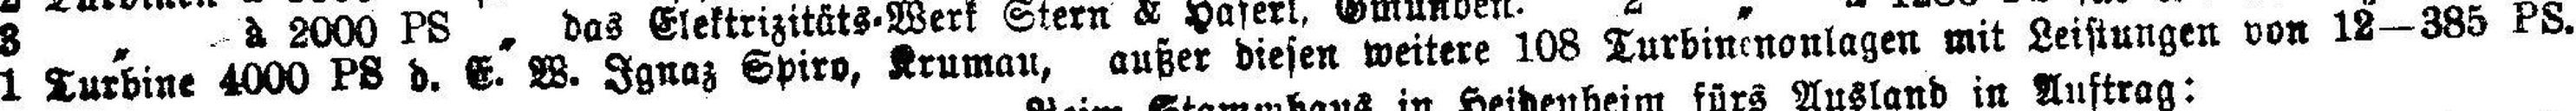
1 Turbine 4000 PS d. E. W. Ignaz Spiro, Krumau, außer diesen weitere 108 Turbinenonlagen mit Leistungen von 12—385 PS.